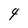
Character: 4